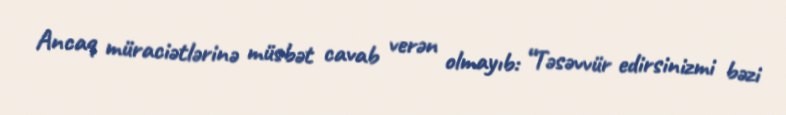
Ancaq müraciətlərinə müsbət cavab verən olmayıb: “Təsəvvür edirsinizmi bəzi